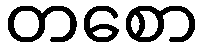
တစော